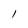
Character: l